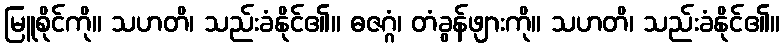
မြူစိုင်ကို။ သဟတိ၊ သည်းခံနိုင်၏။ ဓဇဂ္ဂံ၊ တံခွန်ဖျားကို။ သဟတိ၊ သည်းခံနိုင်၏။